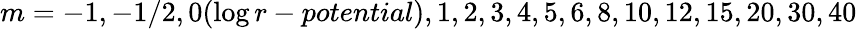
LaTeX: m=-1,-1/2,0(\log r-potential),1,2,3,4,5,6,8,10,12,15,20,30,40